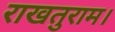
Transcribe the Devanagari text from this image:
राखतुराम।